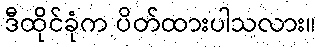
ဒီထိုင်ခုံက ပိတ်ထားပါသလား။